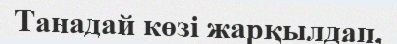
Танадай көзі жарқылдап,